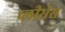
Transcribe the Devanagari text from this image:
प्लीसेंस